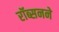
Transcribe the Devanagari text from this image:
रॉब्सनने